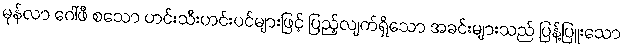
မုန်လာ ဂေါ်ဖီ စသော ဟင်းသီးဟင်းပင်များဖြင့် ပြည့်လျက်ရှိသော အခင်းများသည် ပြန့်ပြူးသော